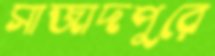
সাজাদপুরে